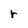
Character: r